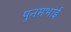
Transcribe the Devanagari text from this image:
पुनमभाई